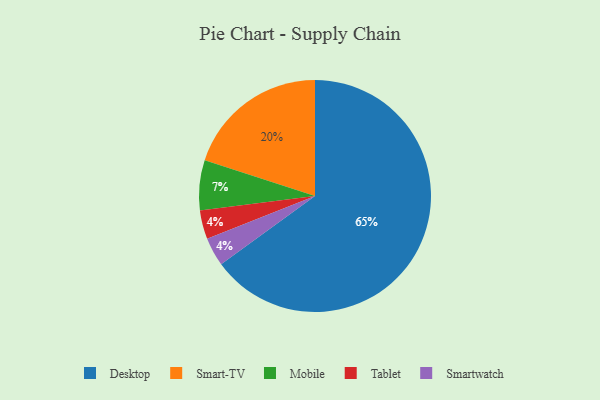
{"axis": {"x": "Category", "y": "Percentage"}, "legend": ["Desktop", "Mobile", "Smart-TV", "Smartwatch", "Tablet"], "data": [{"x": "Tablet", "y": 4, "type": "Tablet"}, {"x": "Smartwatch", "y": 4, "type": "Smartwatch"}, {"x": "Smart-TV", "y": 20, "type": "Smart-TV"}, {"x": "Mobile", "y": 7, "type": "Mobile"}, {"x": "Desktop", "y": 65, "type": "Desktop"}]}